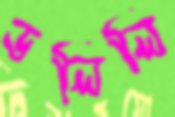
ডলিলি